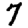
Digit: 7